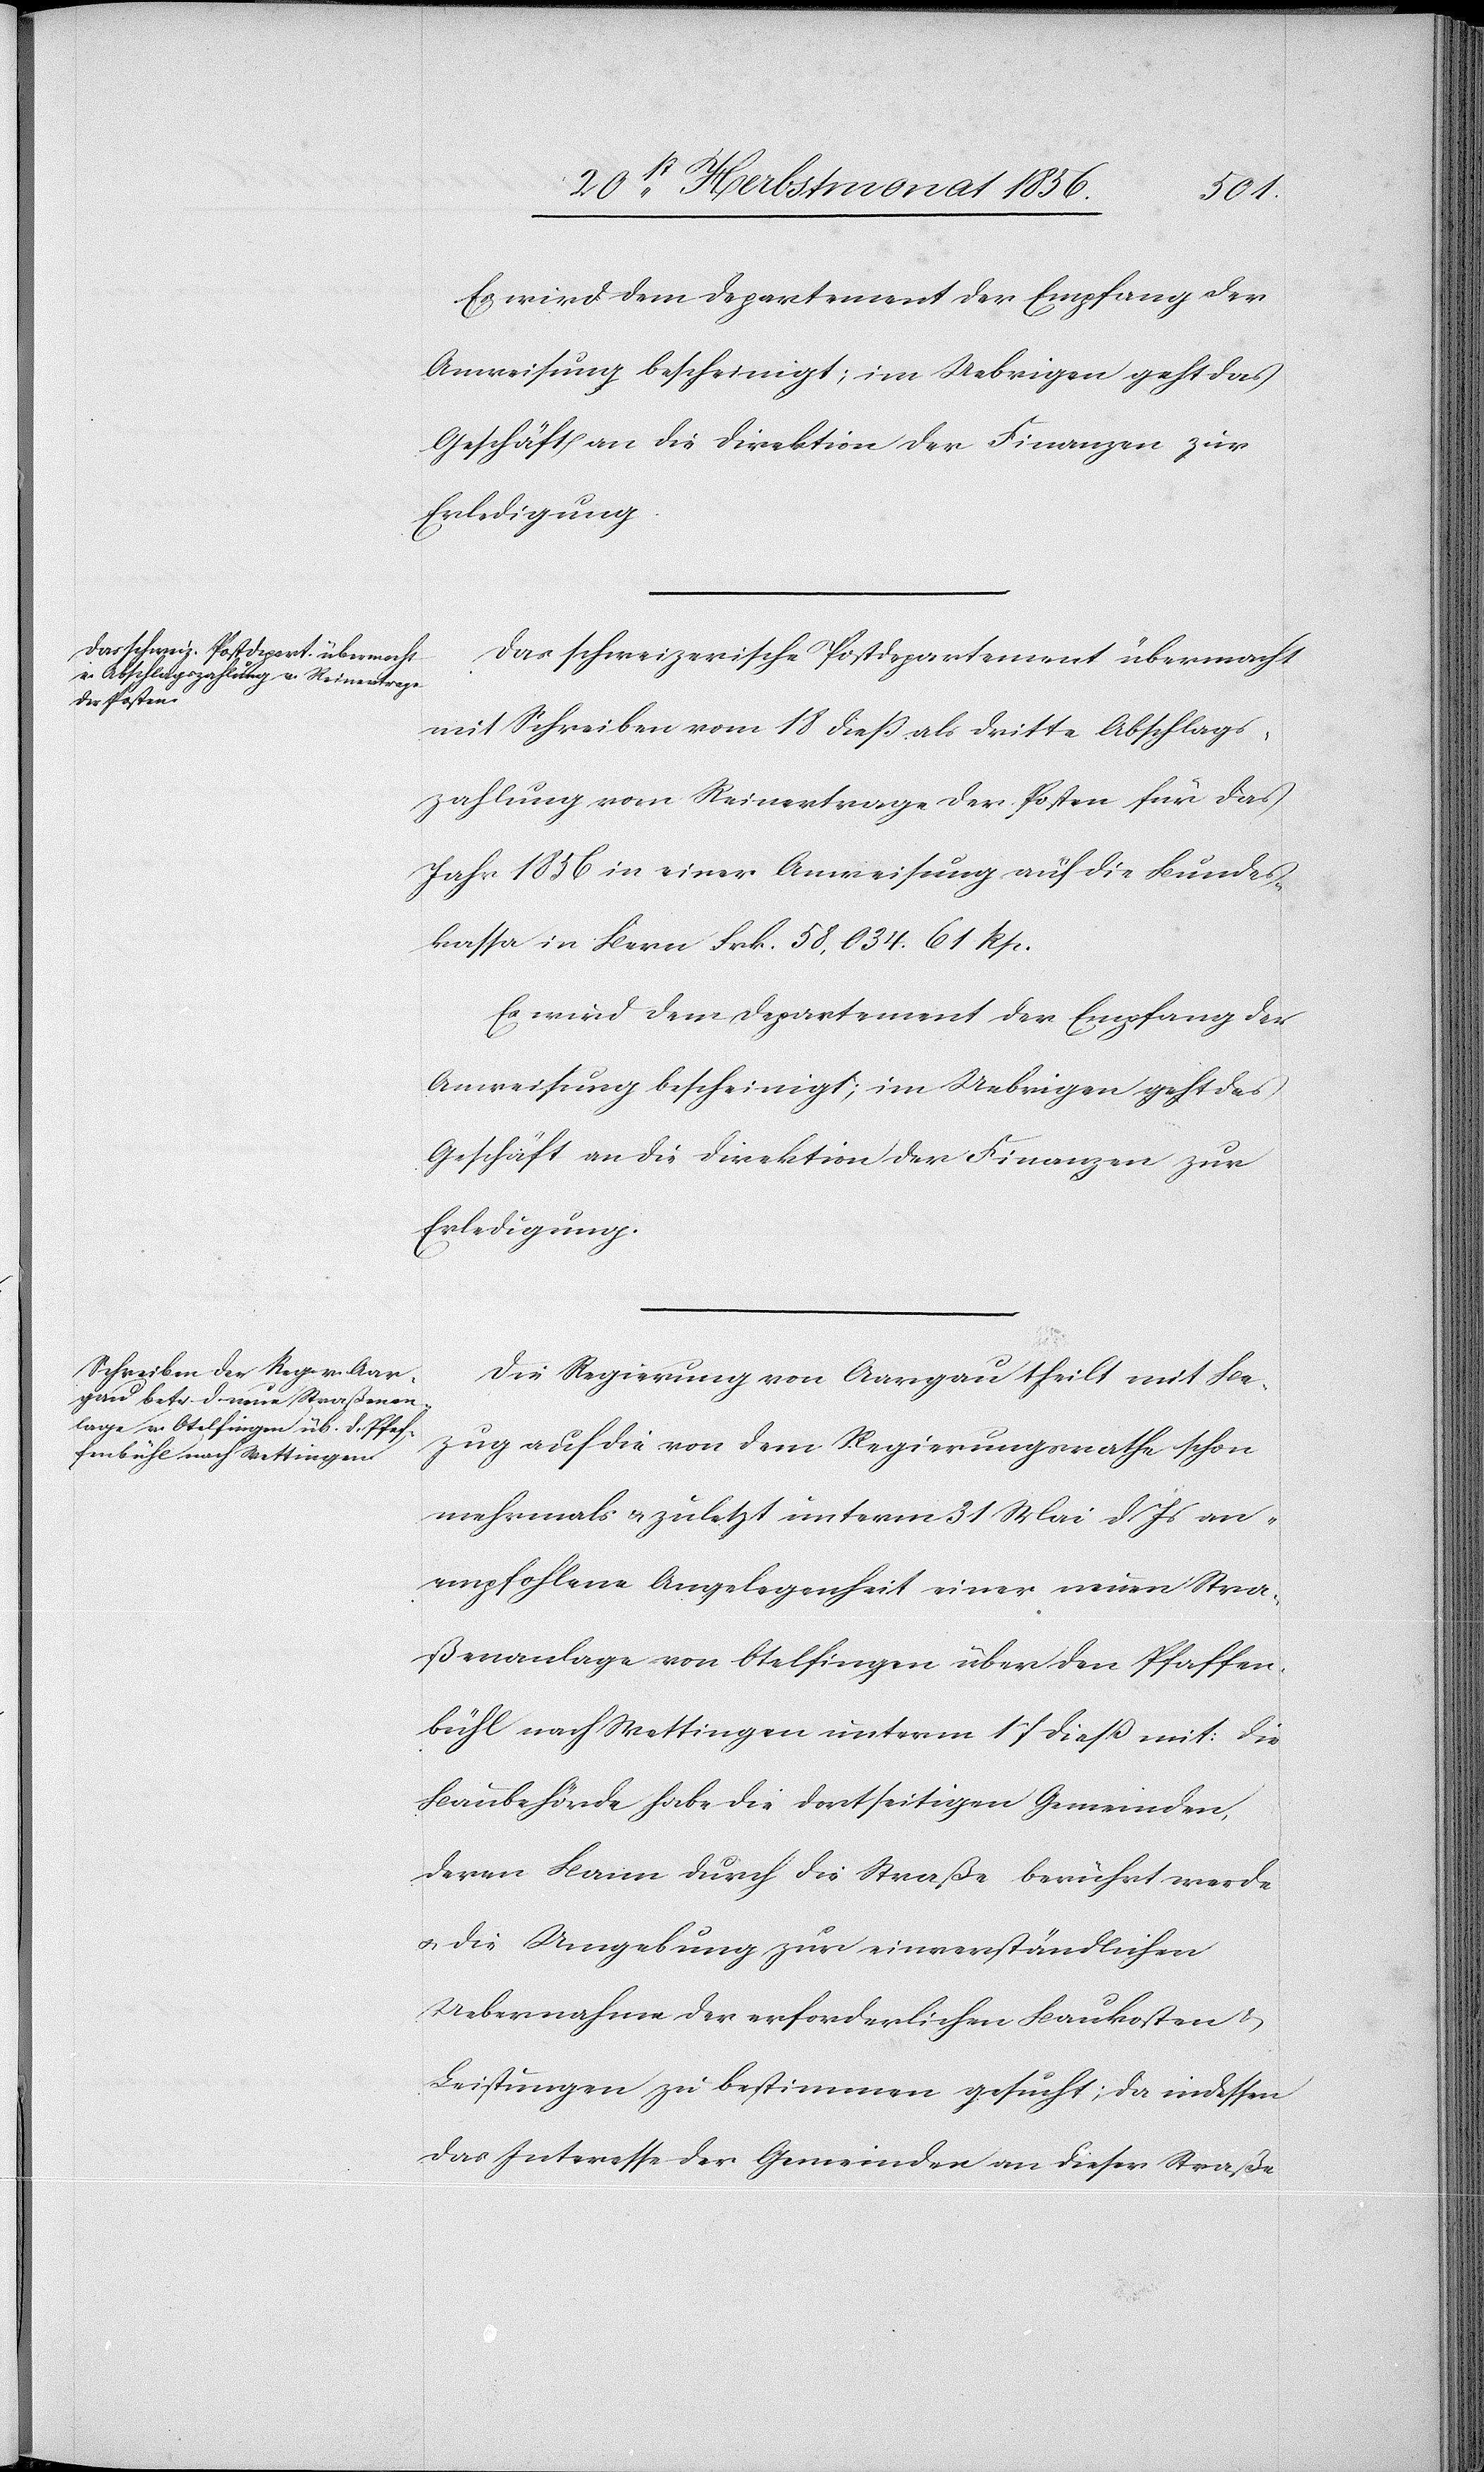
Es wird dem Departement der Empfang der
Anweisung bescheinigt; im Uebrigen geht das
Geschäft an die Direktion der Finanzen zur
Erledigung.
Das schweizerische Postdepartement übermacht
mit Schreiben vom 18 diess als dritte Abschlags¬
zahlung vom Reinertrage der Posten für das
Jahr 1856 in einer Anweisung auf die Bundes¬
kassa in Bern Frk. 58,034. 61 Rp.
Es wird dem Departement der Empfang der
Anweisung bescheinigt; im Uebrigen geht das
Geschäft an die Direktion der Finanzen zur
Erledigung.
Die Regierung von Aargau theilt mit Be¬
zug auf die von dem Regierungsrathe schon
mehrmals u. zuletzt unterm 31 Mai d Js an¬
empfohlene Angelegenheit einer neuen Stra¬
ßenanlage von Otelfingen über den Pfaffen¬
bühl nach Wettingen unterm 17 diess mit: Die
Baubehörde habe die dortseitigen Gemeinden,
deren Bann durch die Straße berührt werde
u. die Umgebung zur einverständlichen
Uebernahme der erforderlichen Bankosten &
Leistungen zu bestimmen gesucht; da indessen
das Interesse der Gemeinden an dieser Straße